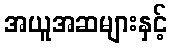
အယူအဆများနှင့်